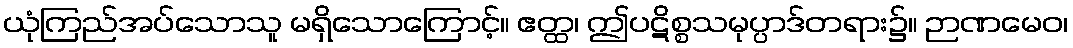
ယုံကြည်အပ်သောသူ မရှိသောကြောင့်။ ဧတ္ထ၊ ဤပဋိစ္စသမုပ္ပာဒ်တရား၌။ ဉာဏမေဝ၊